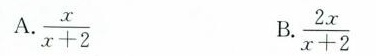
$$\frac{x}{x+2}$$ $$\frac{2x}{x+2}$$